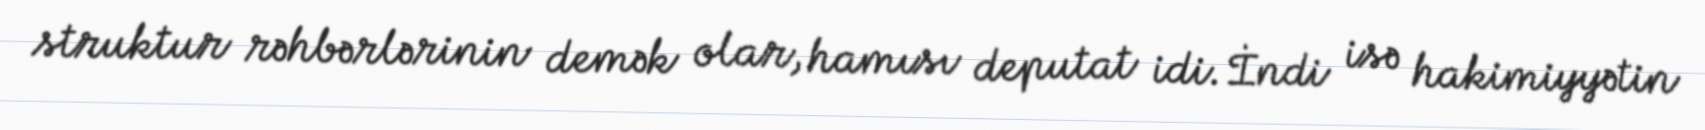
struktur rəhbərlərinin demək olar, hamısı deputat idi. İndi isə hakimiyyətin